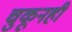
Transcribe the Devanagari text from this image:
चुकूनही